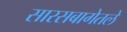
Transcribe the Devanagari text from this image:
सारसबागेतले